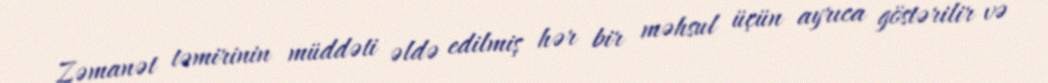
Zəmanət təmirinin müddəti əldə edilmiş hər bir məhsul üçün ayrıca göstərilir və